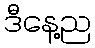
ဒီနေ့ည